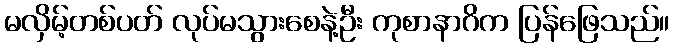
မလှိမ့်တစ်ပတ် လုပ်မသွားစေနဲ့ဦး ကုစာနာဂိက ပြန်ဖြေသည်။